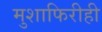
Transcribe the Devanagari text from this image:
मुशाफिरीही